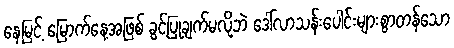
နေမြင့် မြောက်နေ့အဖြစ် ခွင့်ပြုချက်မလိုဘဲ ဒေါ်လာသန်းပေါင်းများစွာတန်သော